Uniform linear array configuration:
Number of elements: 48
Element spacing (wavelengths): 0.25
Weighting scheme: blackman
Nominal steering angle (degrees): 0
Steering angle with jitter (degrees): -1.333
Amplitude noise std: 0.05
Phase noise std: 0.05

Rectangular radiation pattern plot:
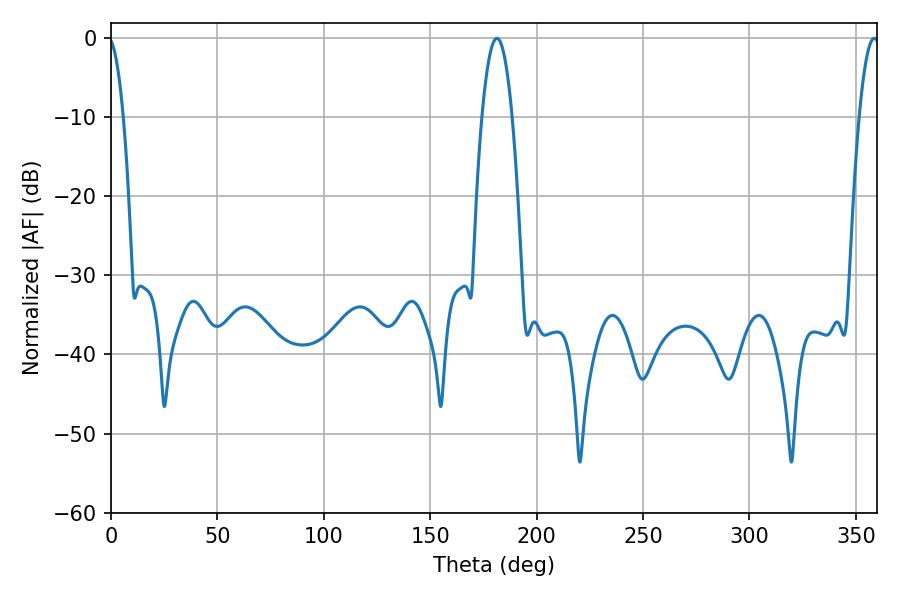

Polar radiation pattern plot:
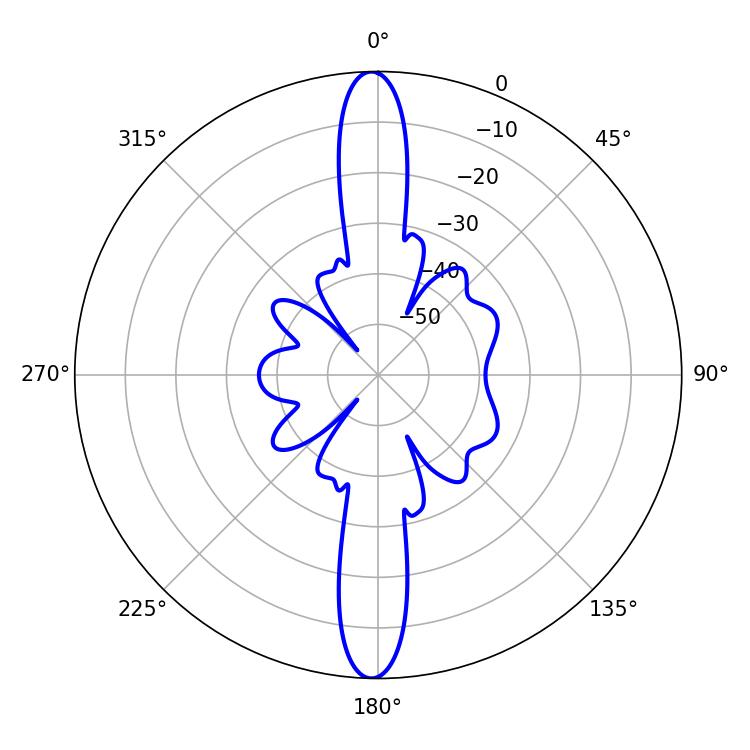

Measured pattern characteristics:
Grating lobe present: FALSE
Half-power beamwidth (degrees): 7.74
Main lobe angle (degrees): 181.26